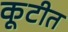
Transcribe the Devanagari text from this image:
कूटीत